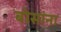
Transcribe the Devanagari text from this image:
बोसांना